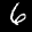
Label: 6